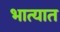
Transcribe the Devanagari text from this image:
भात्यात